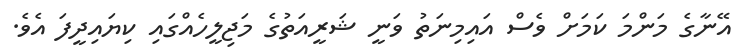
އޭނާގެ މަންމަ ކަމަށް ވެސް އައިމިނަތު ވަނީ ޝަރީއަތުގެ މަޖިލީހެއްގައި ކިޔައިދީފަ އެވެ.